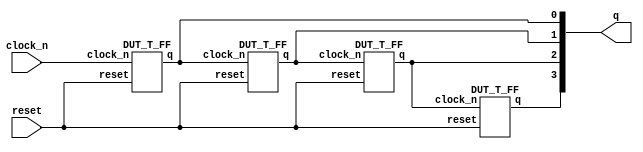
`timescale 1ns/1ps
module DUT_ripple_carry_counter(
        output [3:0] q,
        input clock_n,
        input reset);
        DUT_T_FF t_ff0(q[0],clock_n,reset);
        DUT_T_FF t_ff1(q[1],   q[0],reset);
        DUT_T_FF t_ff2(q[2],   q[1],reset);
        DUT_T_FF t_ff3(q[3],   q[2],reset);
endmodule
module DUT_T_FF(
        output q,
        input clock_n,
        input reset);
        wire d;
        DUT_D_FF d_ff(q,d,clock_n,reset);
        not n(d,q);
endmodule
module DUT_D_FF(
        output q,
        input d,
        input clock_n,
        input reset);
        reg r_q;
        always @(negedge clock_n or posedge reset)
                if(reset)     r_q <= 1'b0;
                else        r_q <= d;
        assign q=r_q;
endmodule